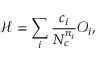
{ \mathcal H } = \sum _ { i } \frac { c _ { i } } { N _ { c } ^ { n _ { i } } } { \mathcal O } _ { i } ,